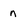
Character: n